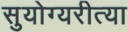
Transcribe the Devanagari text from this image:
सुयोग्यरीत्या